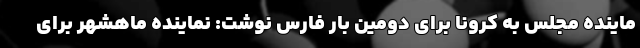
ماینده مجلس به کرونا برای دومین بار فارس نوشت: نماینده ماهشهر برای